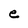
Character: e